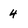
Character: 4